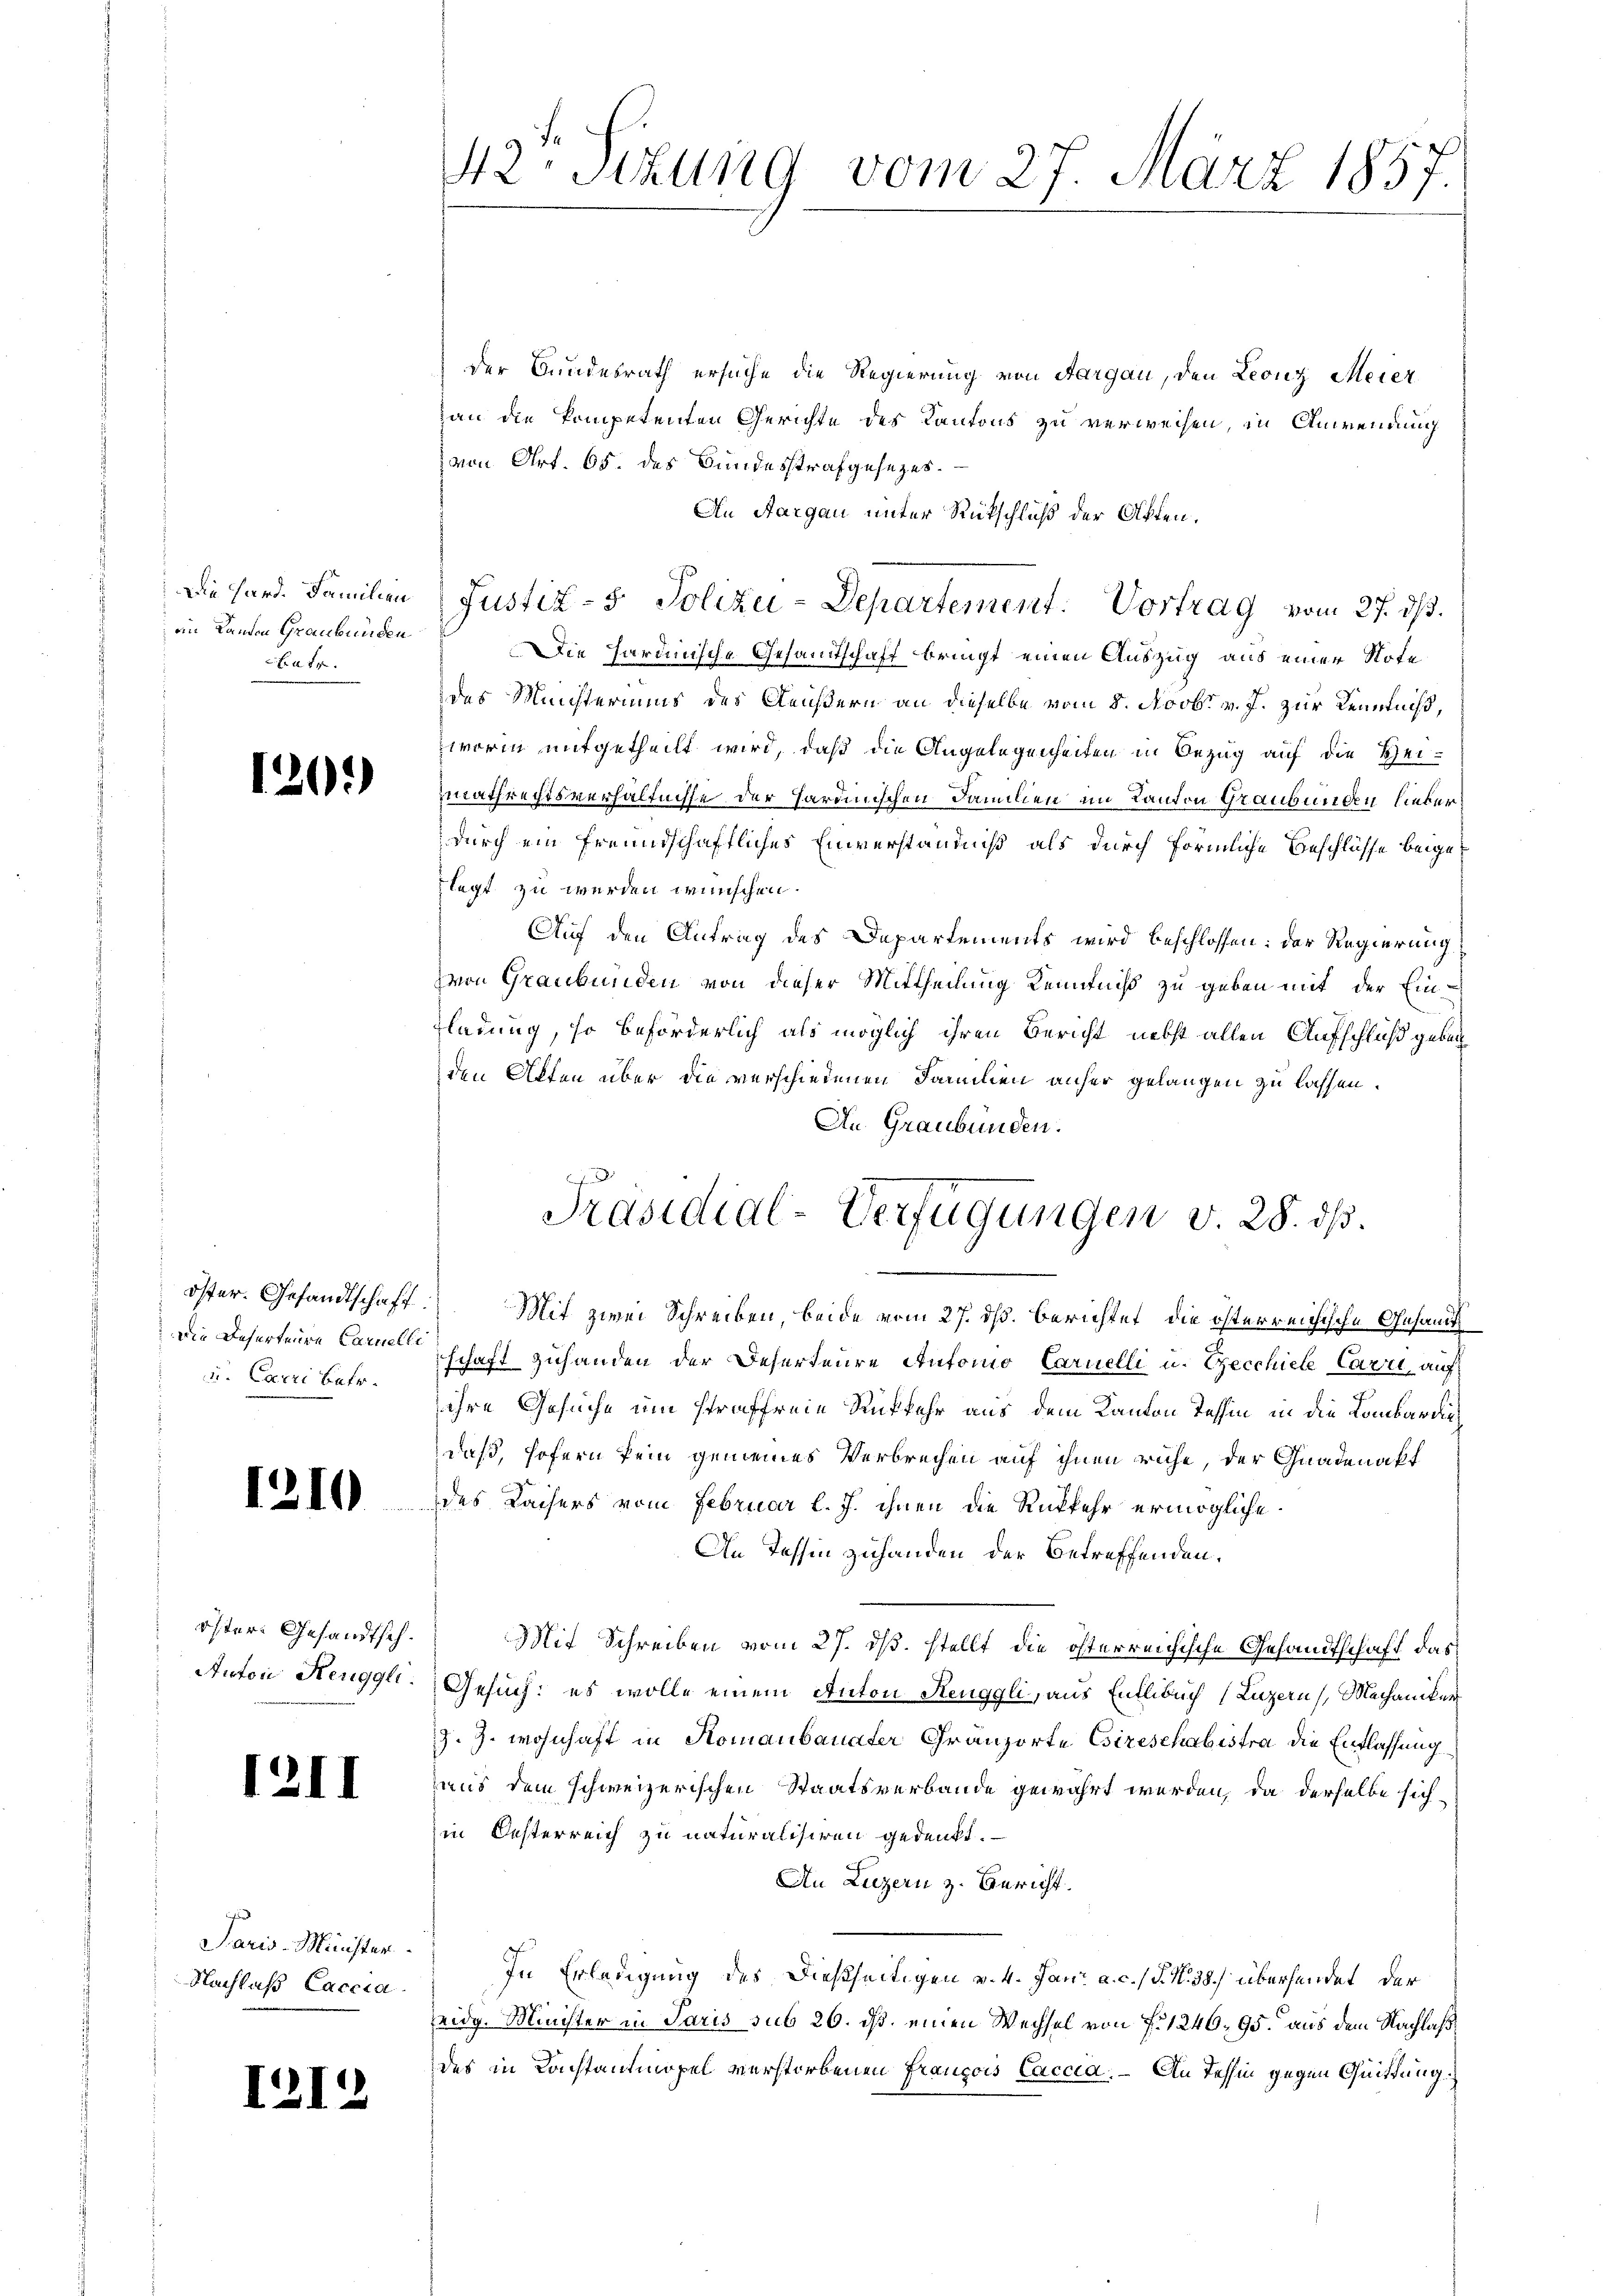
d

2

2

2

.

d

¬

)

öster Gesandtsch¬
Anton Henggli.

Paris-Minister.
Nachlaß Caccia

Die Hard. Familien
an Landen Graubünden
t

öster. Gesandtschaff
Die Deserteure Carnelli
u. Excri betr.

42te Sizung vom 27. März 1857.

der Bundesrath ersuche die Regierung von Aargau, den Leonz Meier
an die kompetenten Gerichte des Kantons zu verweisen, in Anwendung
von Art. 65. des Bundesstrafgesezes¬
An Aargau unter Rückschluß der Akten.
Die Hardinische Gesandtschaft bringt einen Auszug aus einer Note
des Meisteriums des Aeußern an dieselbe vom 8. Novbr. v. J. zur Kenntniß,
worin mitgetheilt wird, daß die Angelegenheiten in Bezug auf die Heimathrechtsverhältnisse der Sardinischen Familien im Kanton Graubünden lieber
durch ein freundschaftliches Einverständniß als durch förmliche Beschlüsse beigelegt zu werden wünschen.
Auf den Antrag des Departements wird beschlossen: der Regierung
zvon Graubünden von dieser Mittheilung Kenntniß zu geben mit der Ein¬
Fladung, so beförderlich als möglich ihren Bericht nebst allen Aufschluß gebau
den Alten über die verschiedenen Familien anher gelangen zu lassen.
An Graubünden.
Mit zwei Schreiben beide vom 27. ds. berichtet, die österreichische Gesamts
schaft zuhanden der Deserteure Automo Carnelli u. Geschiehe Carri, auf
ihre Gesuche um straffreie Rückkehr aus dem Kanton Tessin in die Lombardie
daß, sofern kein gemeines Verbrechen auf ihnen ruhe, der Gnadenakt
des Kaisers vom Februar l. J. ihnen die Rükkehr ermögliche
An Tessin zuhanden der Betreffenden,
Mit Schreiben vom 27. ds. stellt die österreichische Gesandtschaft das
Gesuch: es wolle einem Anton Renggli, aus Entlebuch (Luzern, Mechaniker
J. Z. wohnhaft in Komanbauader Gränzorte Esireschabestra die Entlassung
aus dem schweizerischen Staatsverbande gewährt werden, da derselbe sich
in Oesterreich zu naturalisiren gedenkt.
An Luzern z. Gericht.
In Erledigung des dießseitigen v. 4. Jan. a. c. / P. Nr. 38.) überhandet, der
eidg. Minister in Paris sub 26. ds. einen Wechsel von f. 1246. 95. aus dem Nachlaß
des in Konstantmopel verstorbenen François Caccia. — An Tessin gegen Quittung.

Justiz- & Polizei-Departement. Vortrag vom 27. ds.

Präsidial-Verfügungen v. 28. dß.